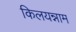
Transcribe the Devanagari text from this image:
किलयन्नाम